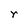
Character: r